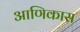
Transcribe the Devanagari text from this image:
आणिकास